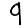
Digit: 9